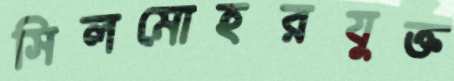
সিলমোহরযুক্ত